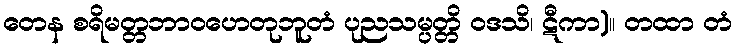
တေန စရိမတ္တဘာဝဟေတုဘူတံ ပုညသမ္ပတ္တိ ဝဒသိ၊ ဋီကာ)။ တထာ တံ